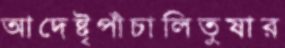
আদেষ্টৃপাঁচালিতুষার